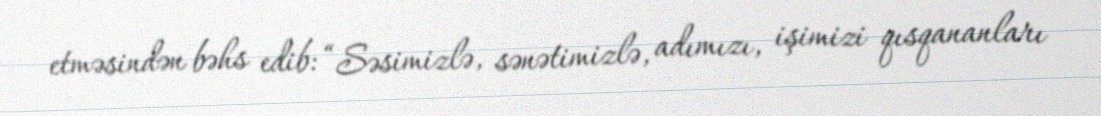
etməsindən bəhs edib: “Səsimizlə, sənətimizlə, adımızı, işimizi qısqananları